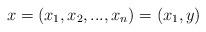
LaTeX: \begin{align*}x= (x_1,x_2,...,x_n)= (x_1, y)\end{align*}